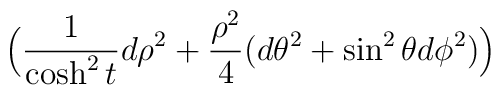
\Big( {1 \over \cosh^2 t} d \rho^2  + {\rho^2 \over 4}(d\theta^2 + \sin^2\theta d\phi^2)\Big)